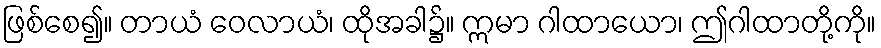
ဖြစ်စေ၍။ တာယံ ဝေလာယံ၊ ထိုအခါ၌။ ဣမာ ဂါထာယော၊ ဤဂါထာတို့ကို။